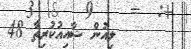
ލިއުން ޝާއިއުކުރިތާ 48